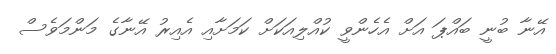
އޭނާ ބުނީ ބައްޕަ އަށް އެހެންވީ ކުއްލިއަކަށް ކަމަށާއި އެއިރު އޭނާގެ މަންމަވެސް